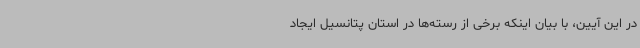
در این آیین، با بیان اینکه برخی از رسته‌ها در استان پتانسیل ایجاد